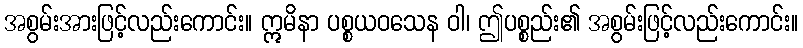
အစွမ်းအားဖြင့်လည်းကောင်း။ ဣမိနာ ပစ္စယဝသေန ဝါ၊ ဤပစ္စည်း၏ အစွမ်းဖြင့်လည်းကောင်း။